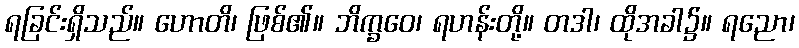
ရခြင်းရှိသည်။ ဟောတိ၊ ဖြစ်၏။ ဘိက္ခဝေ၊ ရဟန်းတို့။ တဒါ၊ ထိုအခါ၌။ ရညော၊